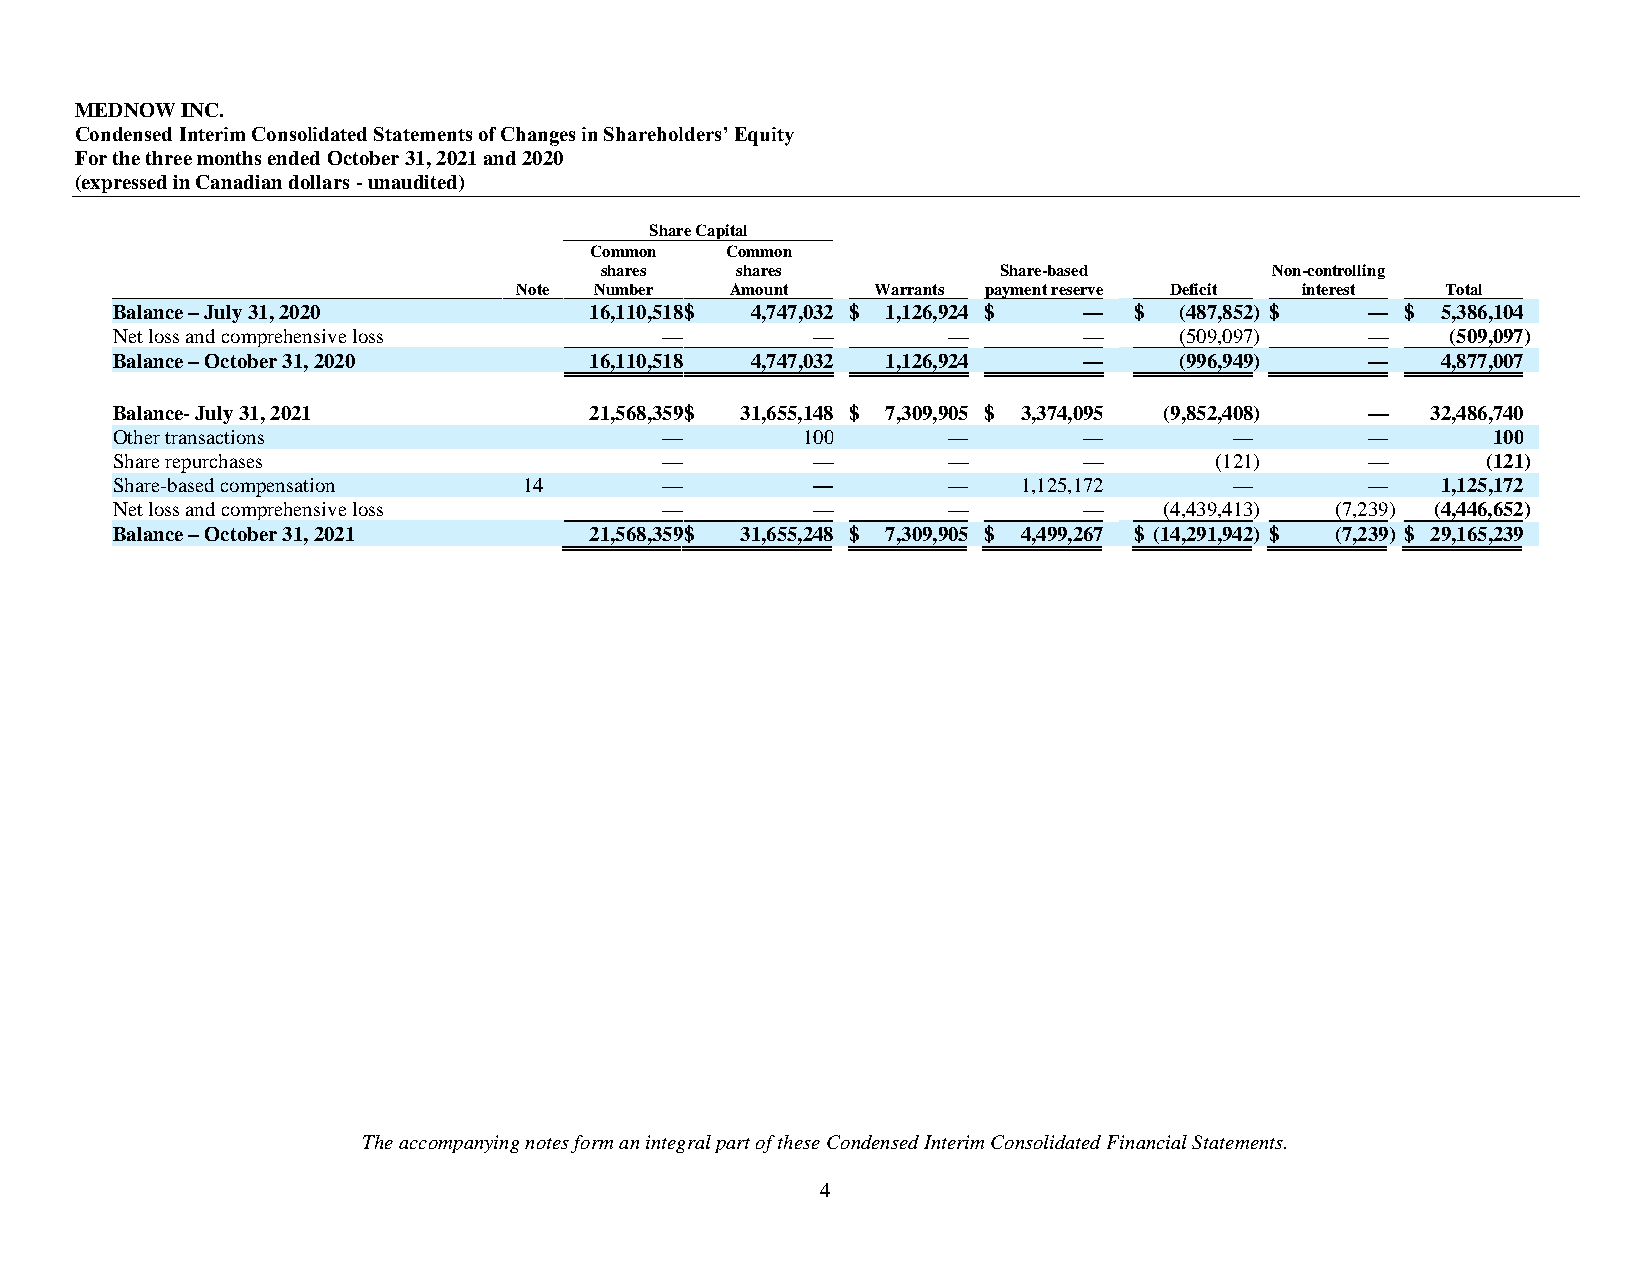
MEDNOW INC.
 Condensed Interim Consolidated Statements of Changes in Shareholders’ Equity
 For the three months ended October 31, 2021 and 2020
 (expressed in Canadian dollars - unaudited)
 Share Capital
 Common   Common
 shares   shares           Share-based       Non-controlling
 Note Number   Amount    Warrants payment reserve Deficit interest Total
 Balance – July 31, 2020         16,110,518 $ 4,747,032 $ 1,126,924 $ — $ (487,852 ) $ — $ 5,386,104
 Net loss and comprehensive loss      —         —        —        —     (509,097 )   —    (509,097)
 Balance – October 31, 2020      16,110,518 4,747,032 1,126,924   —     (996,949 )   —   4,877,007
 Balance- July 31, 2021          21,568,359 $ 31,655,148 $ 7,309,905 $ 3,374,095 (9,852,408 ) — 32,486,740
 Other transactions                   —        100       —        —         —        —       100
 Share repurchases                    —         —        —        —       (121 )     —      (121)
 Share-based compensation    14       —         —        —    1,125,172     —        —   1,125,172
 Net loss and comprehensive loss      —         —        —        —    (4,439,413 ) (7,239 ) (4,446,652)
 Balance – October 31, 2021      21,568,359 $ 31,655,248 $ 7,309,905 $ 4,499,267 $ (14,291,942 ) $ (7,239 ) $ 29,165,239
 The accompanying notes form an integral part of these Condensed Interim Consolidated Financial Statements.
 4